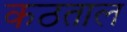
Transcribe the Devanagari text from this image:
कठताल